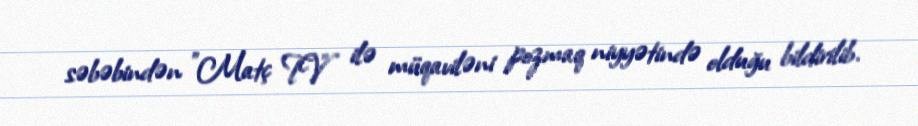
səbəbindən "Matç TV" ilə müqaviləni pozmaq niyyətində olduğu bildirilib.